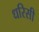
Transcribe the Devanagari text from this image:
धरिसी